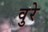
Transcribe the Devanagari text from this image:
वुरे